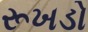
રૂખડો